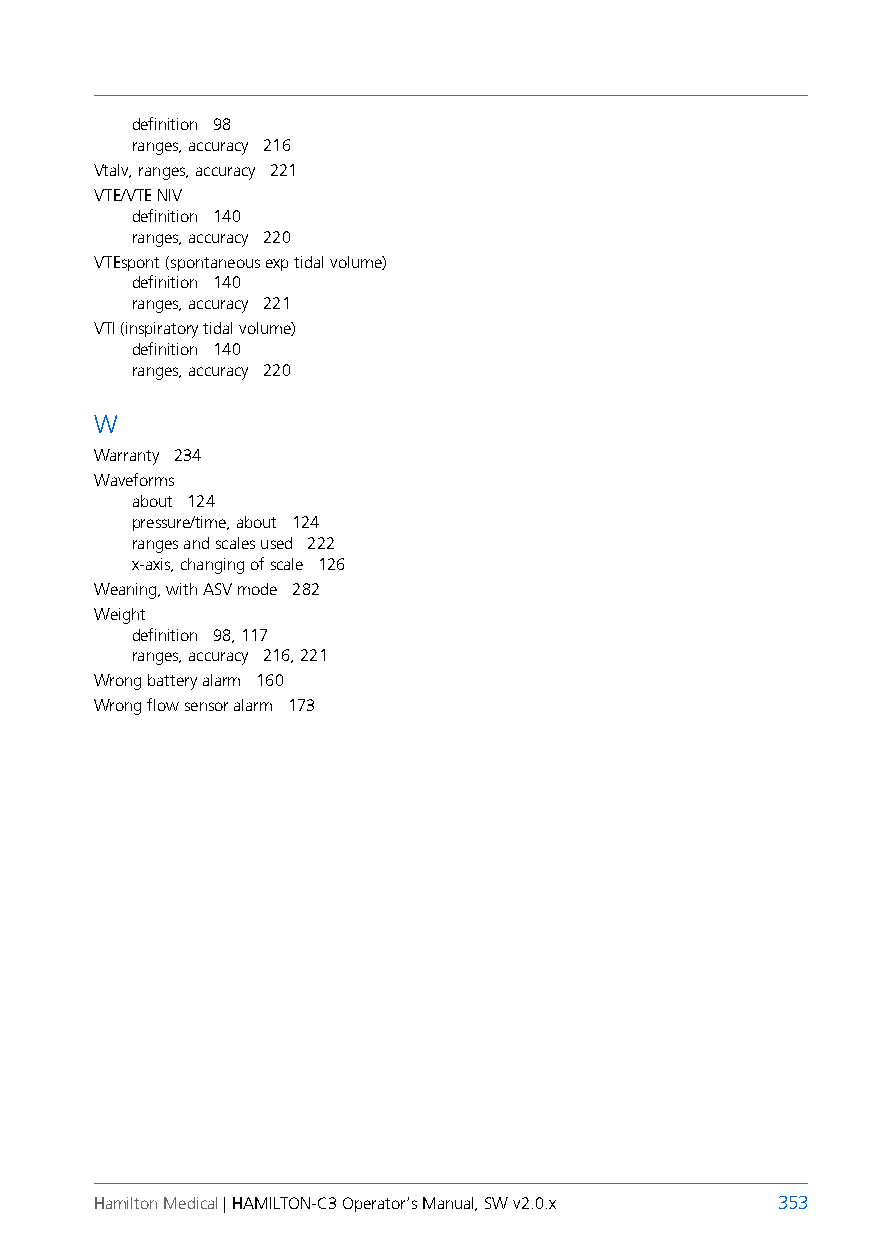
definition 98
 ranges, accuracy 216
 Vtalv, ranges, accuracy 221
 VTE/VTE NIV
 definition 140
 ranges, accuracy 220
 VTEspont (spontaneous exp tidal volume)
 definition 140
 ranges, accuracy 221
 VTI (inspiratory tidal volume)
 definition 140
 ranges, accuracy 220
 W
 Warranty 234
 Waveforms
 about 124
 pressure/time, about 124
 ranges and scales used 222
 x-axis, changing of scale 126
 Weaning, with ASV mode 282
 Weight
 definition 98, 117
 ranges, accuracy 216, 221
 Wrong battery alarm 160
 Wrong flow sensor alarm 173
 Hamilton Medical | HAMILTON-C3 Operator’s Manual, SW v2.0.x 353